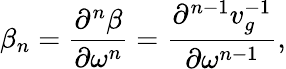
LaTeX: \beta_{n}=\frac{\partial^{n}\beta}{\partial\omega^{n}}=\frac{\partial^{n-1}v_{g}^{-1}}{\partial\omega^{n-1}},